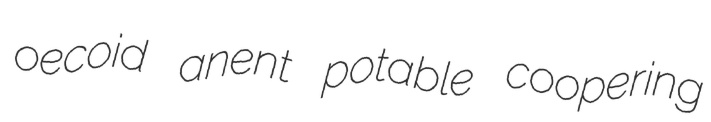
oecoid anent potable coopering